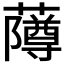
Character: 𬟌